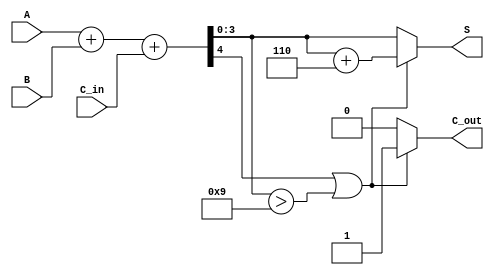
module BCD_Parallel_Adder (
    input [3:0] A,        // First BCD digit
    input [3:0] B,        // Second BCD digit
    input C_in,           // Carry-in
    output reg [3:0] S,   // BCD sum
    output reg C_out      // Carry-out
);

    wire [4:0] Sum;       // 5-bit sum to accommodate carry
    wire correction_needed; // Flag for correction

    // Perform binary addition
    assign Sum = A + B + C_in;

    // Determine if correction is needed
    assign correction_needed = (Sum[4] || (Sum[3:0] > 4'b1001));

    always @(*) begin
        if (correction_needed) begin
            // Apply correction by adding 6 (0110)
            S = Sum[3:0] + 4'b0110;
            C_out = 1; // Set carry-out since correction was applied
        end else begin
            S = Sum[3:0]; // No correction needed
            C_out = 0;    // No carry-out
        end
    end

endmodule